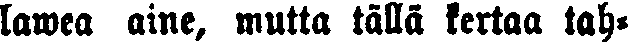
lawea aine, mutta tällä kertaa tah-